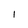
Character: I